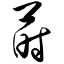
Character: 莳